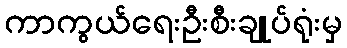
ကာကွယ်ရေးဦးစီးချုပ်ရုံးမှ